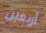
أربعين